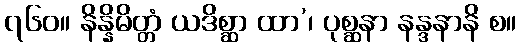
၇၆၀။ နိန္နိမိတ္တံ ယဒိစ္ဆာ ထာ’၊ ပုစ္ဆနာ နန္ဒနာနိ စ။